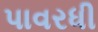
પાવરધી